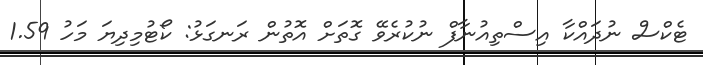
ޓެކްސް ނުދައްކާ އިސްތިއުނާފް ނުކުރެވޭ ގޮތަށް އޮތުން ރަނގަޅު: ކޯޓުމިދިޔަ މަހު 1.59